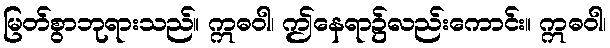
မြတ်စွာဘုရားသည်။ ဣဓဝါ၊ ဤနေရာ၌လည်းကောင်း။ ဣဓဝါ၊